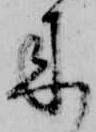
来